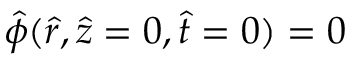
\hat { \phi } ( \hat { r } , \hat { z } = 0 , \hat { t } = 0 ) = 0